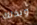
وبذلك